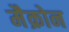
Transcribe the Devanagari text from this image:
मैक्रोन